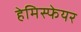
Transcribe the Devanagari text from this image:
हेमिस्फेयर